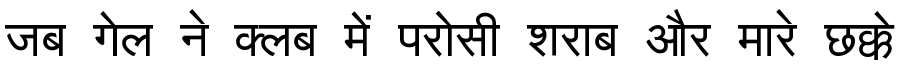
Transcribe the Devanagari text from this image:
जब गेल ने क्लब में परोसी शराब और मारे छक्के